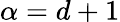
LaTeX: \alpha=d+1